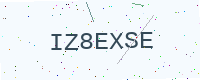
Text: IZ8EXSE